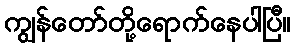
ကျွန်တော်တို့ရောက်နေပါပြီ။